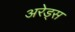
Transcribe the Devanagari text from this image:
अरेड्स